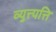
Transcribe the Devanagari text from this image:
व्युत्त्पत्ति